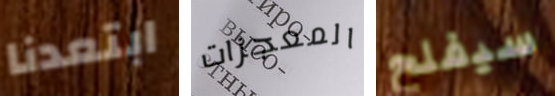
ابتعدنا المعجزات سيفلح